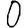
Digit: 0